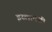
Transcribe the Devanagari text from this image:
इस्लामशी